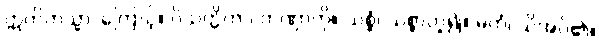
ဣတိတသ္မာ၊ ကြောင့်။ ဝိသတ္တိကာ၊ တဏှာကို။ သစ္စံ၊ သစ္စာဟူ၍။ မတံ၊ သိအပ်၏။